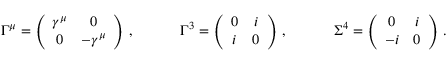
\begin{array} { l l l } { { \Gamma ^ { \mu } = \left( \begin{array} { c c } { { \gamma ^ { \mu } } } & { { 0 } } \\ { { 0 } } & { { - \gamma ^ { \mu } } } \end{array} \right) \, , ~ ~ ~ ~ } } & { { ~ ~ ~ \Gamma ^ { 3 } = \left( \begin{array} { c c } { { 0 } } & { { i } } \\ { { i } } & { { 0 } } \end{array} \right) \, , ~ ~ ~ ~ } } & { { ~ ~ ~ \Sigma ^ { 4 } = \left( \begin{array} { c c } { { 0 } } & { { i } } \\ { { - i } } & { { 0 } } \end{array} \right) \, . } } \end{array}